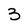
Character: 3